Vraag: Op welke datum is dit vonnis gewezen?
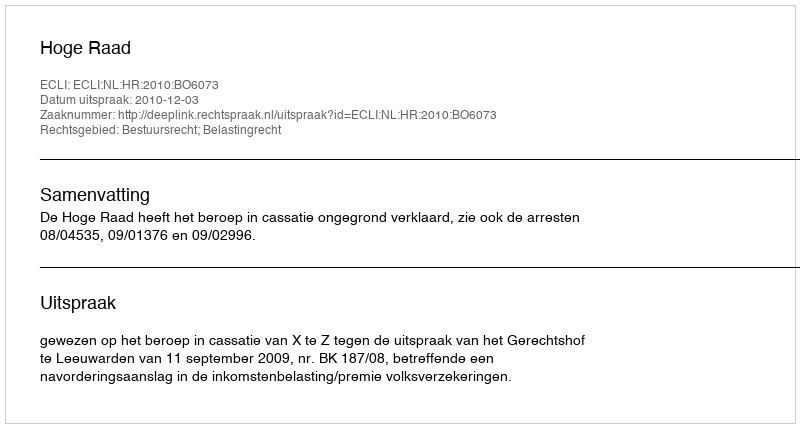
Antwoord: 2010-12-03